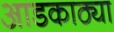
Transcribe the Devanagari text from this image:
आडकाठ्या